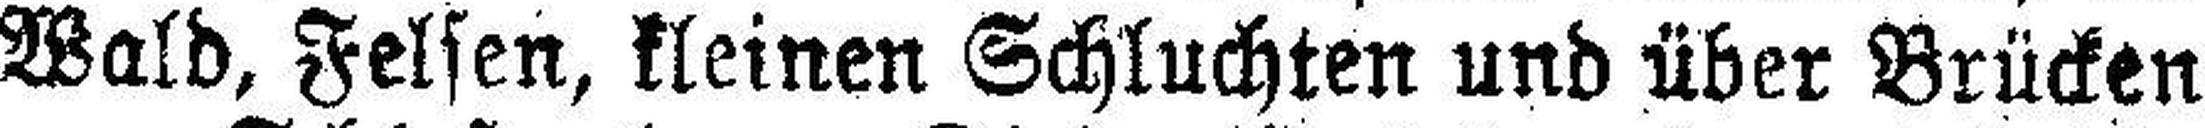
Wald, Felsen, kleinen Schluchten und über Brücken